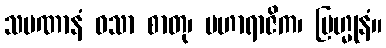
သမဏာနံ ဝသာ စာတု၊ မဟာရာဇိက၊ ဗြဟ္မုနံ။